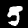
Label: 5